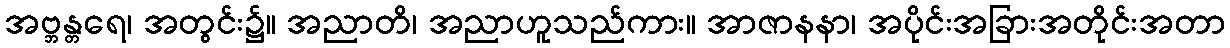
အဗ္ဘန္တရေ၊ အတွင်း၌။ အညာတိ၊ အညာဟူသည်ကား။ အာဇာနနာ၊ အပိုင်းအခြားအတိုင်းအတာ